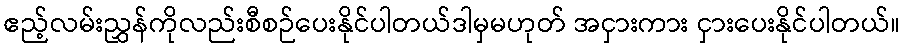
ဧည့်လမ်းညွှန်ကိုလည်းစီစဉ်ပေးနိုင်ပါတယ်ဒါမှမဟုတ် အငှားကား ငှားပေးနိုင်ပါတယ်။